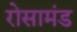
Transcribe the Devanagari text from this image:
रोसामंड